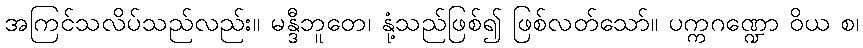
အကြင်သလိပ်သည်လည်း။ မန္ဒီဘူတေ၊ နုံ့သည်ဖြစ်၍ ဖြစ်လတ်သော်။ ပက္ကဂဏ္ဍော ဝိယ စ၊